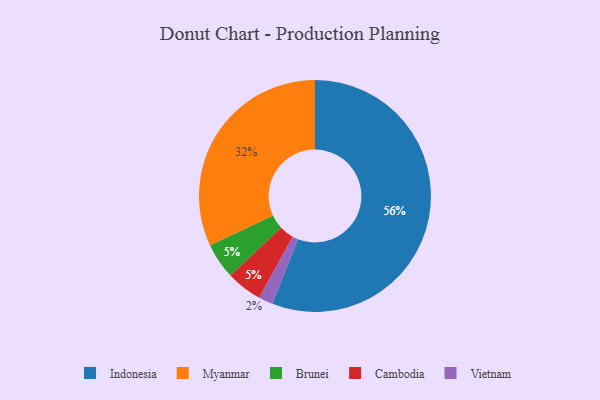
{"axis": {"x": "Category", "y": "Percentage"}, "legend": ["Brunei", "Cambodia", "Indonesia", "Myanmar", "Vietnam"], "data": [{"x": "Indonesia", "y": 56, "type": "Indonesia"}, {"x": "Brunei", "y": 5, "type": "Brunei"}, {"x": "Cambodia", "y": 5, "type": "Cambodia"}, {"x": "Myanmar", "y": 32, "type": "Myanmar"}, {"x": "Vietnam", "y": 2, "type": "Vietnam"}]}